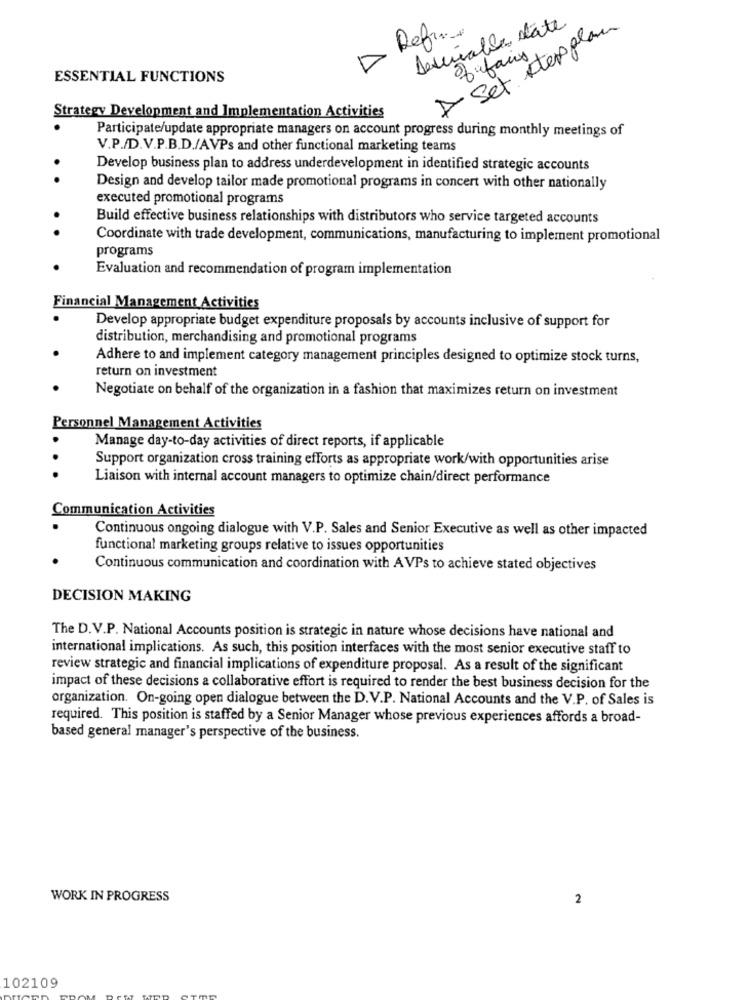
Desirable state
A Set stepplan
D Refine
fifais
ESSENTIAL FUNCTIONS
Strategy Development and Implementation Activities
Participate/update appropriate managers on account progress during monthly meetings of
V.P./D.V.P.B.D./AVPs and other functional marketing teams
Develop business plan to address underdevelopment in identified strategic accounts
. .
Design and develop tailor made promotional programs in concert with other nationally
executed promotional programs
Build effective business relationships with distributors who service targeted accounts
..
Coordinate with trade development, communications, manufacturing to implement promotional
programs
Evaluation and recommendation of program implementation
Financial Management Activities
Develop appropriate budget expenditure proposals by accounts inclusive of support for
distribution, merchandising and promotional programs
Adhere to and implement category management principles designed to optimize stock turns,
return on investment
Negotiate on behalf of the organization in a fashion that maximizes return on investment
Personnel Management Activities
Manage day-to-day activities of direct reports, if applicable
Support organization cross training efforts as appropriate work/with opportunities arise
.. .
Liaison with internal account managers to optimize chain/direct performance
Communication Activities
Continuous ongoing dialogue with V.P. Sales and Senior Executive as well as other impacted
functional marketing groups relative to issues opportunities
Continuous communication and coordination with AVPs to achieve stated objectives
DECISION MAKING
The D.V.P. National Accounts position is strategic in nature whose decisions have national and
international implications. As such, this position interfaces with the most senior executive staff to
review strategic and financial implications of expenditure proposal. As a result of the significant
impact of these decisions a collaborative effort is required to render the best business decision for the
organization. On-going open dialogue between the D.V.P. National Accounts and the V.P. of Sales is
required. This position is staffed by a Senior Manager whose previous experiences affords a broad-
based general manager's perspective of the business.
WORK IN PROGRESS
2
102109